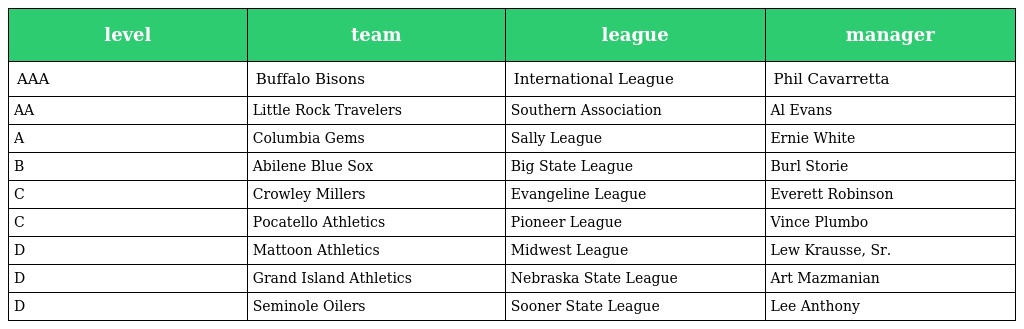
| level | team | league | manager |
 | --- | --- | --- | --- |
 | AAA | Buffalo Bisons | International League | Phil Cavarretta |
 | AA | Little Rock Travelers | Southern Association | Al Evans |
 | A | Columbia Gems | Sally League | Ernie White |
 | B | Abilene Blue Sox | Big State League | Burl Storie |
 | C | Crowley Millers | Evangeline League | Everett Robinson |
 | C | Pocatello Athletics | Pioneer League | Vince Plumbo |
 | D | Mattoon Athletics | Midwest League | Lew Krausse, Sr. |
 | D | Grand Island Athletics | Nebraska State League | Art Mazmanian |
 | D | Seminole Oilers | Sooner State League | Lee Anthony |